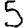
Digit: 5